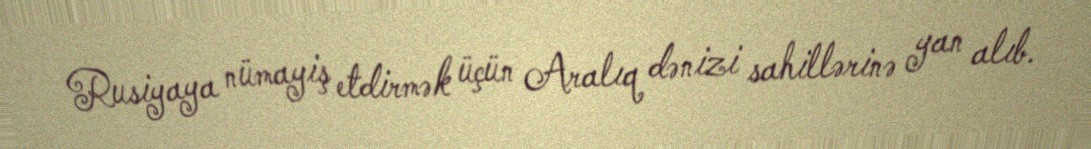
Rusiyaya nümayiş etdirmək üçün Aralıq dənizi sahillərinə yan alıb.